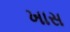
ખાસ